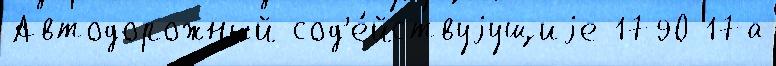
Автодорожный сод'е́йствуjущиjе 1790 17а